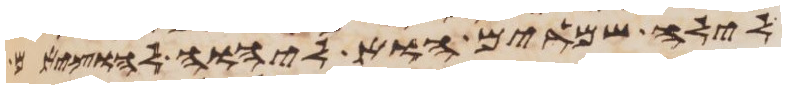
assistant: לילה שמרים הוא ליהוה להוציאם